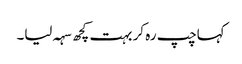
کہاچپ رہ کر بہت کچھ سہہ لیا۔